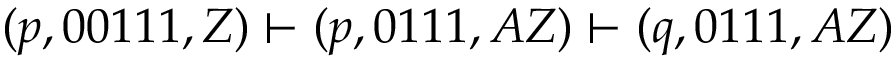
( p , 0 0 1 1 1 , Z ) \vdash ( p , 0 1 1 1 , A Z ) \vdash ( q , 0 1 1 1 , A Z )